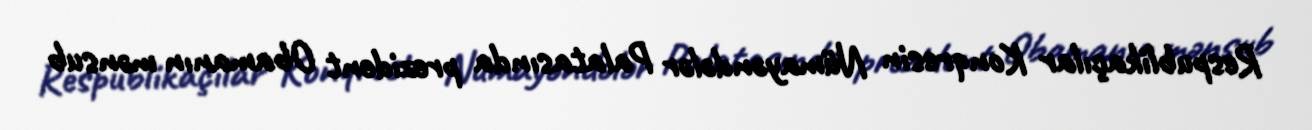
Respublikaçılar Konqresin Nümayəndələr Palatasında prezident Obamanın mənsub